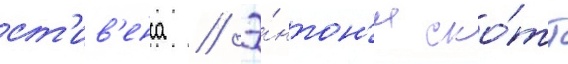
ст'ив'енса // Э́нтон'и ско́тт